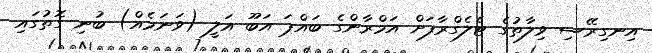
އިނގިރޭސި ވިލާތުގެ ޓެލެގްރާފަށް އަމްރާންގެ ބައްޕަ އަބޫ އަލީ (ވަނަމެއް) ބުނި ގޮތުގައި